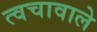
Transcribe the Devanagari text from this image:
त्वचावाले